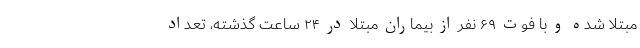
مبتلا شده و با فوت ۶۹ نفر از بیماران مبتلا در ۲۴ ساعت گذشته، تعداد